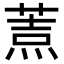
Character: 𦷓